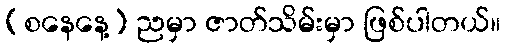
(စနေနေ့) ညမှာ ဇာတ်သိမ်းမှာ ဖြစ်ပါတယ်။